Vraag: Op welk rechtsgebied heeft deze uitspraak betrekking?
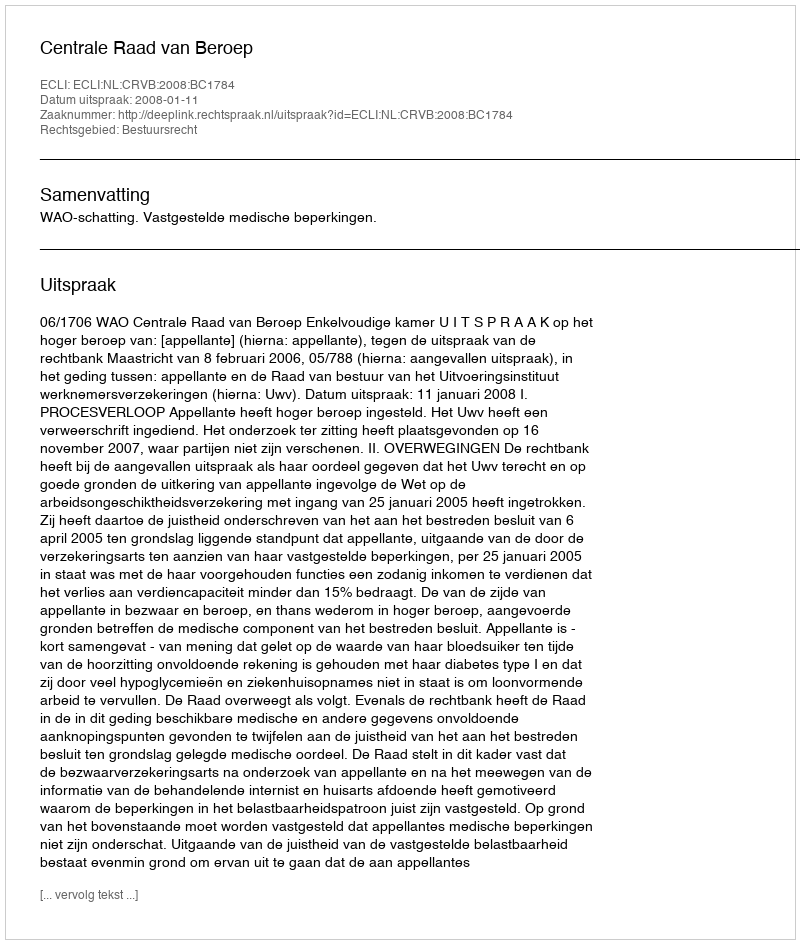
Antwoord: Bestuursrecht